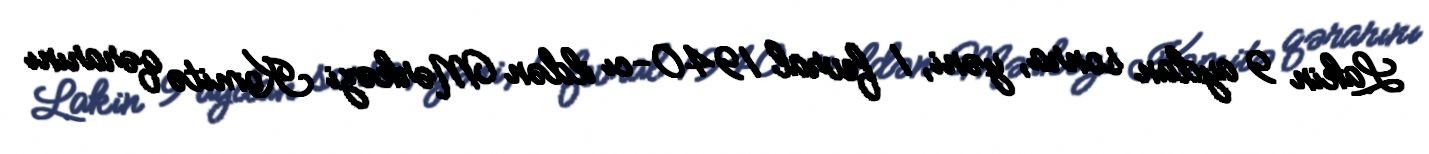
Lakin 9 aydan sonra, yəni, 1 fevral 1940-cı ildən Mərkəzi Komitə qərarını